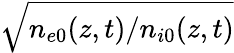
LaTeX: \sqrt{n_{e0}(z,t)/n_{i0}(z,t)}